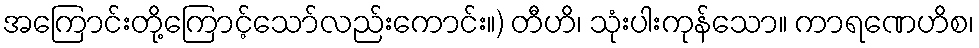
အကြောင်းတို့ကြောင့်သော်လည်းကောင်း။) တီဟိ၊ သုံးပါးကုန်သော။ ကာရဏေဟိစ၊